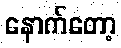
နောက်တော့